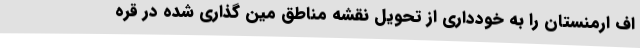
اف ارمنستان را به خودداری از تحویل نقشه مناطق مین گذاری شده در قره